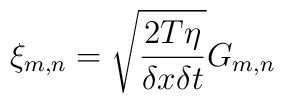
\xi_{m,n}=\sqrt{\frac{2T\eta}{\delta x\delta t}}G_{m,n}